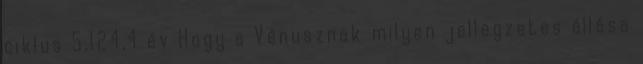
ciklus 5,124,4 év Hogy a Vénusznak milyen jellegzetes állása